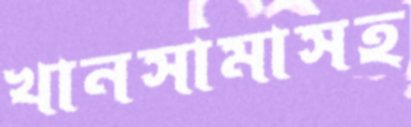
খানসামাসহ